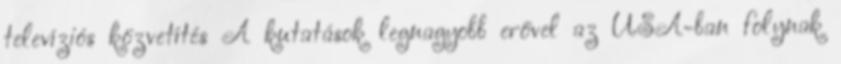
televíziós közvetítés A kutatások legnagyobb erővel az USA-ban folynak